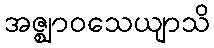
အဇ္ဈာဝသေယျာသိ